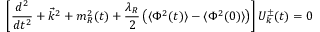
\left[ \frac { d ^ { 2 } } { d t ^ { 2 } } + \vec { k } ^ { 2 } + m _ { R } ^ { 2 } ( t ) + \frac { \lambda _ { R } } { 2 } \left( \langle \Phi ^ { 2 } ( t ) \rangle - \langle \Phi ^ { 2 } ( 0 ) \rangle \right) \right] { \cal { U } } _ { k } ^ { \pm } ( t ) = 0